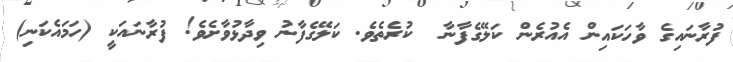
ފުރާނައިގެ ވާހަކައިން އެއުރެން ކަލޭގެފާނާ  ކުރެތެވެ. ކަލޭގެފާނު ވިދާޅުވާށެވެ! ފުރާނައަކީ (ހަމައެކަނި)